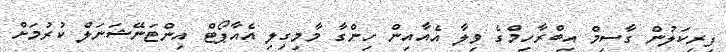
ފިރިކަލުން ގާސިމް އިބްރާހިމްގެ ވިލާ އެއާއިން ހިންގާ މާމިގިލި އެއާޕޯޓް އިންޓަނޭޝަނަލް ކުރުމަށް